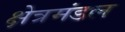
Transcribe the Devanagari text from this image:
क्षेत्रमंडल